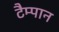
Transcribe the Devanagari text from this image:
टैम्पान